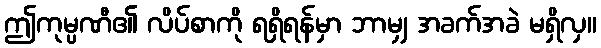
ဤကုမ္ပဏီ၏ လိပ်စာကို ရရှိရန်မှာ ဘာမျှ အခက်အခဲ မရှိလှ။